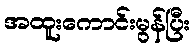
အထူးကောင်းမွန်ပြီး